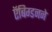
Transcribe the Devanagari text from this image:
ऍबिग्डनने